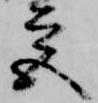
宮